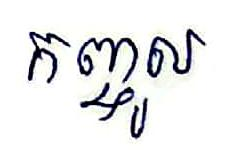
កញ្ចូល